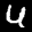
Label: 4